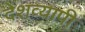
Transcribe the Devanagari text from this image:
देशव्‍यापी